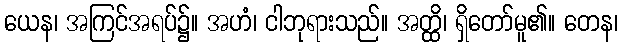
ယေန၊ အကြင်အရပ်၌။ အဟံ၊ ငါဘုရားသည်။ အတ္ထိ၊ ရှိတော်မူ၏။ တေန၊